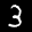
Label: 3